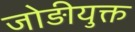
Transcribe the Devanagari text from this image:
जोड़ीयुक्त